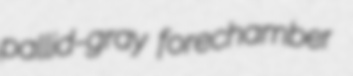
pallid-gray forechamber